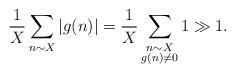
LaTeX: \begin{align*}\frac{1}{X} \sum_{\substack{n \sim X}} |g(n)| = \frac{1}{X} \sum_{\substack{n \sim X \\ g(n) \neq 0}} 1 \gg 1.\end{align*}